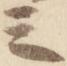
三